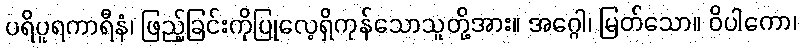
ပရိပူရကာရီနံ၊ ဖြည့်ခြင်းကိုပြုလေ့ရှိကုန်သောသူတို့အား။ အဂ္ဂေါ၊ မြတ်သော။ ဝိပါကော၊